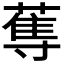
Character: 𱚡